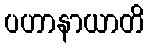
ပဟာနာယာတိ